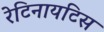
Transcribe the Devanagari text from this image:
रेटिनायटिस